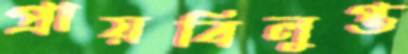
প্রায়বিলুপ্ত